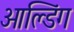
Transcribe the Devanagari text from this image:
ओल्डिंग